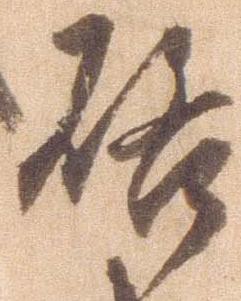
啓